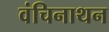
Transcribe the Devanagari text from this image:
वंचिनाथन